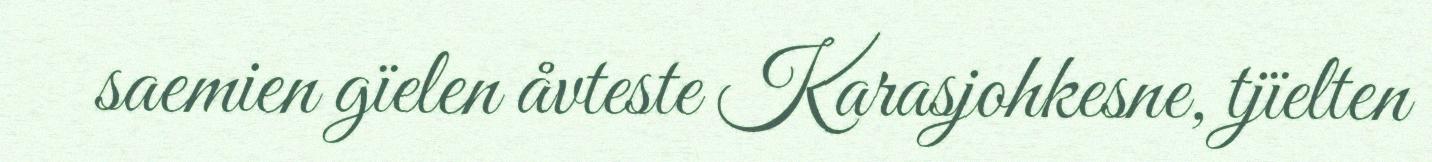
saemien gïelen åvteste Karasjohkesne, tjïelten